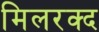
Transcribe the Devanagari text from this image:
मिलरक्द